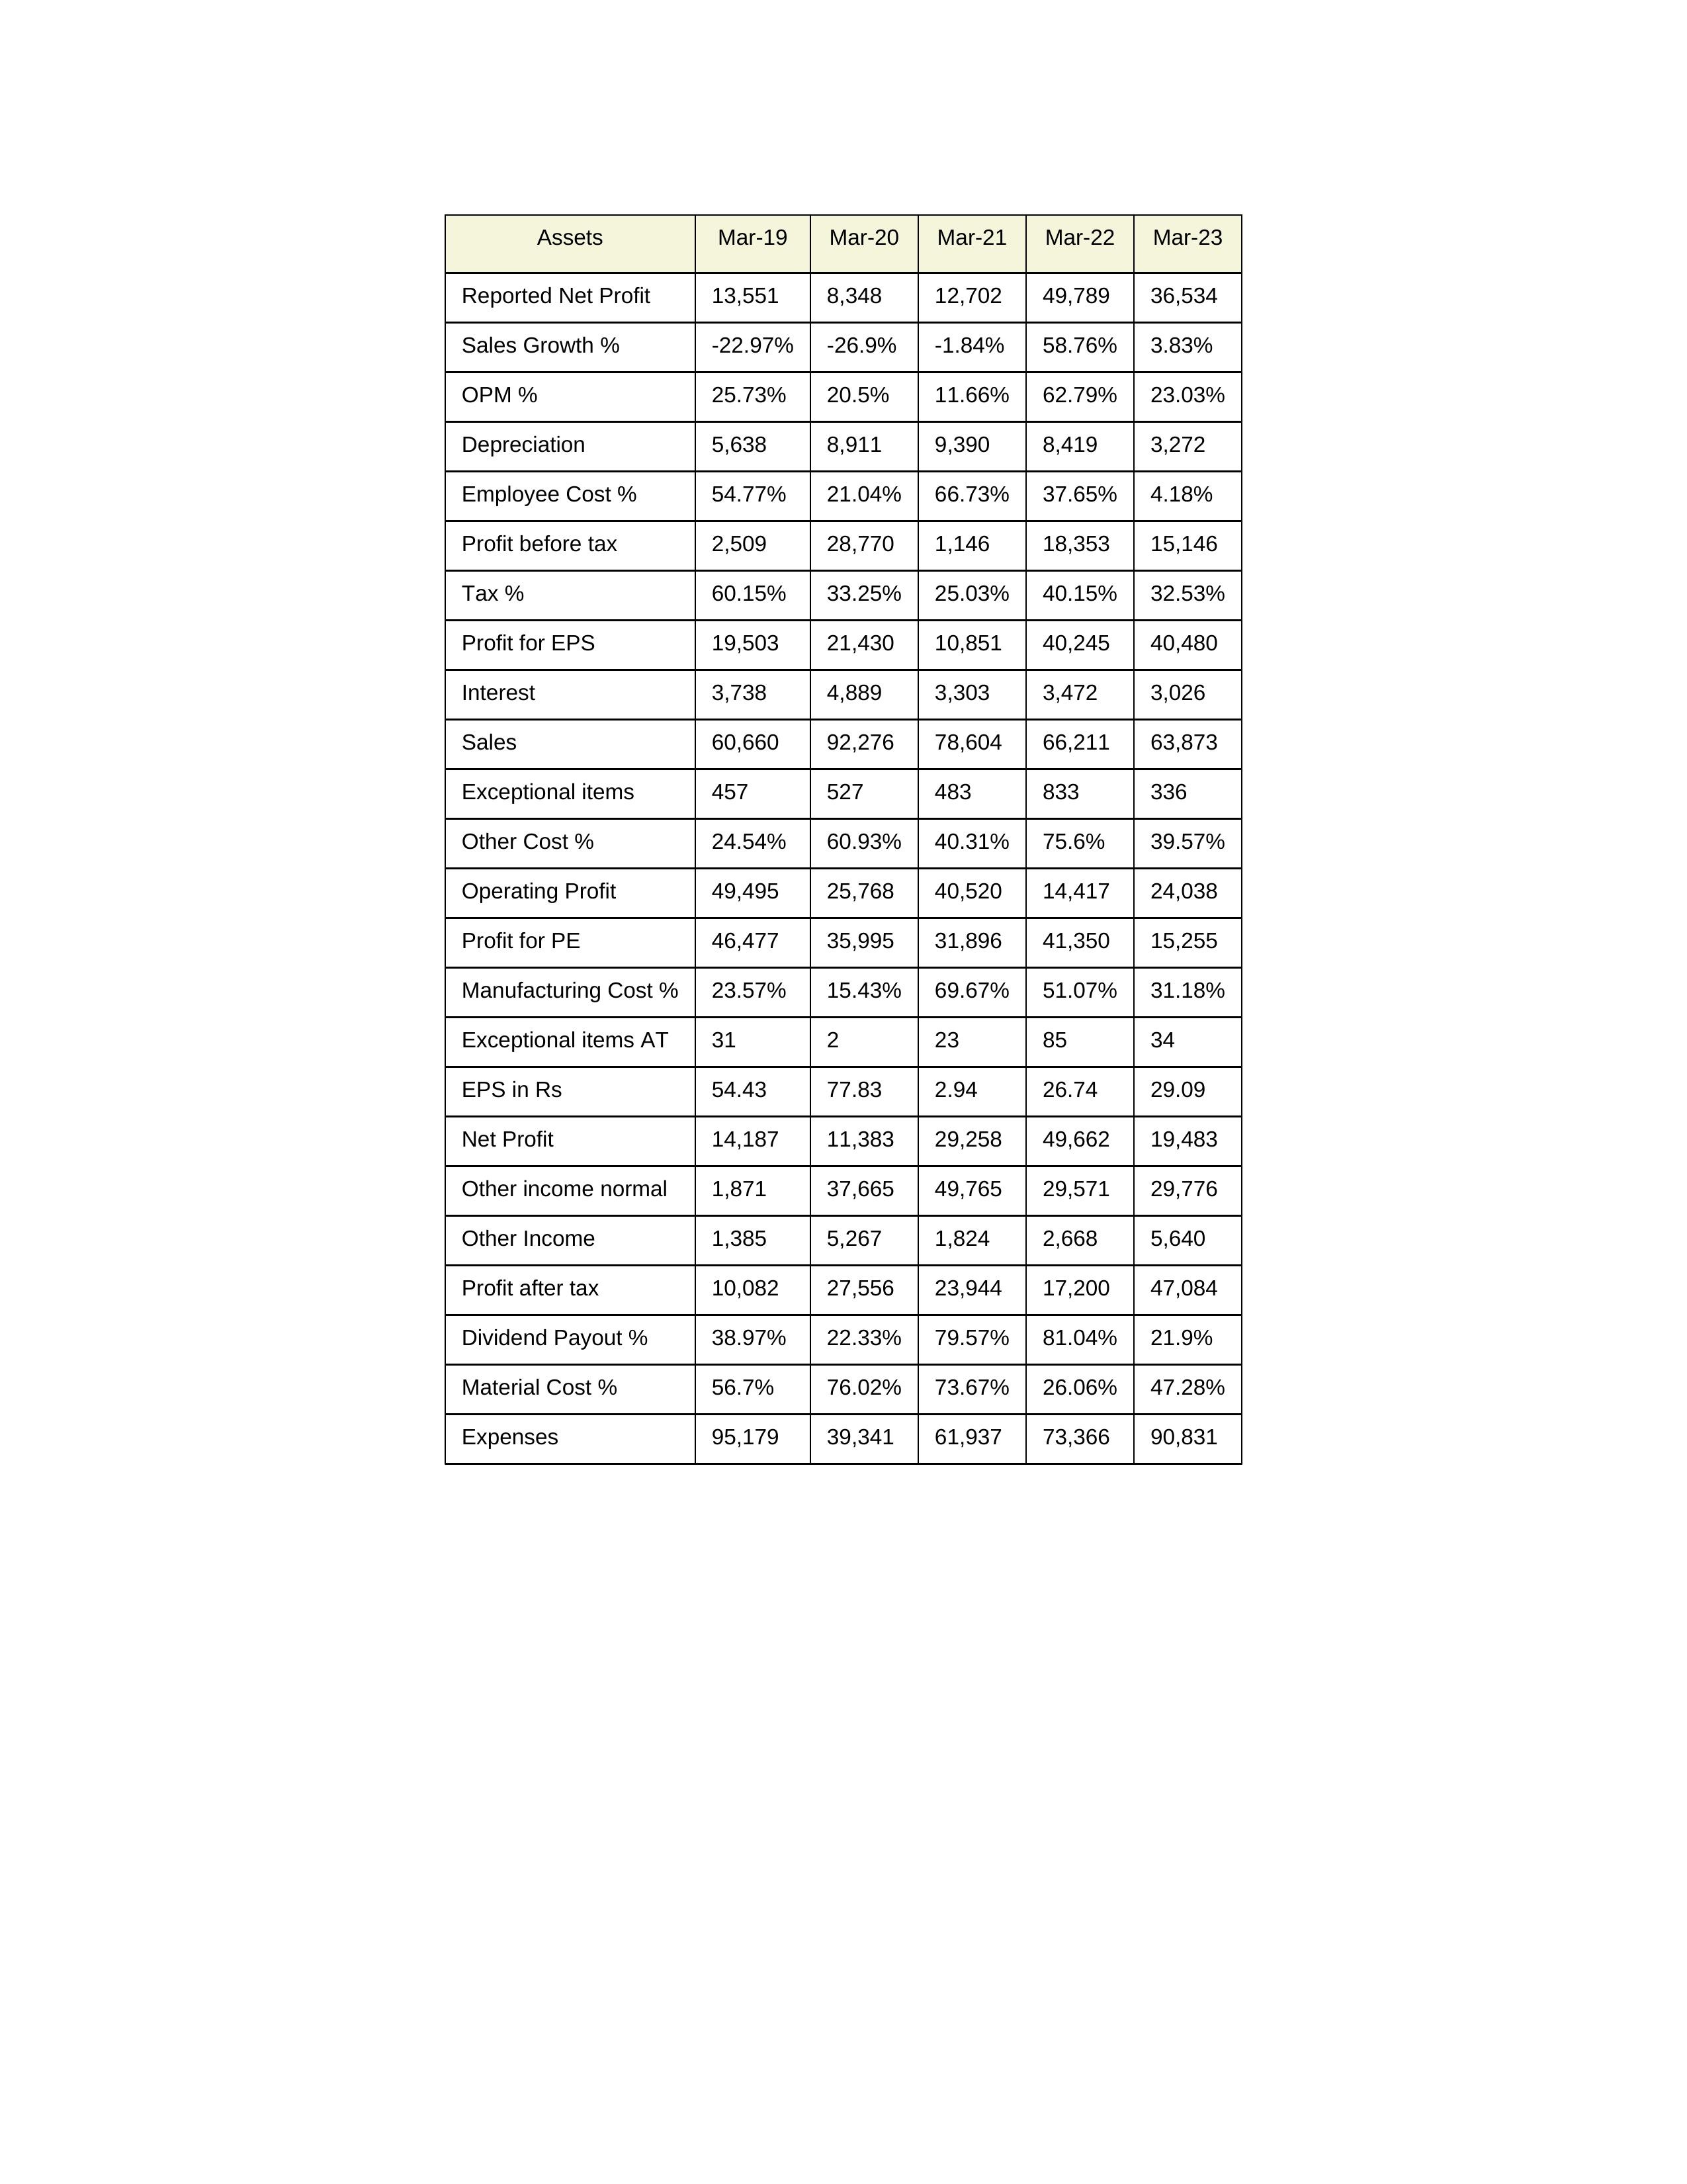
gt_parse: Mar-19: Sales: 60,660
Sales Growth %: -22.97%
Expenses: 95,179
Material Cost %: 56.7%
Manufacturing Cost %: 23.57%
Employee Cost %: 54.77%
Other Cost %: 24.54%
Operating Profit: 49,495
OPM %: 25.73%
Other Income: 1,385
Exceptional items: 457
Other income normal: 1,871
Interest: 3,738
Depreciation: 5,638
Profit before tax: 2,509
Tax %: 60.15%
Net Profit: 14,187
Profit after tax: 10,082
Reported Net Profit: 13,551
Profit for EPS: 19,503
Exceptional items AT: 31
Profit for PE: 46,477
EPS in Rs: 54.43
Dividend Payout %: 38.97%
Mar-20: Sales: 92,276
Sales Growth %: -26.9%
Expenses: 39,341
Material Cost %: 76.02%
Manufacturing Cost %: 15.43%
Employee Cost %: 21.04%
Other Cost %: 60.93%
Operating Profit: 25,768
OPM %: 20.5%
Other Income: 5,267
Exceptional items: 527
Other income normal: 37,665
Interest: 4,889
Depreciation: 8,911
Profit before tax: 28,770
Tax %: 33.25%
Net Profit: 11,383
Profit after tax: 27,556
Reported Net Profit: 8,348
Profit for EPS: 21,430
Exceptional items AT: 2
Profit for PE: 35,995
EPS in Rs: 77.83
Dividend Payout %: 22.33%
Mar-21: Sales: 78,604
Sales Growth %: -1.84%
Expenses: 61,937
Material Cost %: 73.67%
Manufacturing Cost %: 69.67%
Employee Cost %: 66.73%
Other Cost %: 40.31%
Operating Profit: 40,520
OPM %: 11.66%
Other Income: 1,824
Exceptional items: 483
Other income normal: 49,765
Interest: 3,303
Depreciation: 9,390
Profit before tax: 1,146
Tax %: 25.03%
Net Profit: 29,258
Profit after tax: 23,944
Reported Net Profit: 12,702
Profit for EPS: 10,851
Exceptional items AT: 23
Profit for PE: 31,896
EPS in Rs: 2.94
Dividend Payout %: 79.57%
Mar-22: Sales: 66,211
Sales Growth %: 58.76%
Expenses: 73,366
Material Cost %: 26.06%
Manufacturing Cost %: 51.07%
Employee Cost %: 37.65%
Other Cost %: 75.6%
Operating Profit: 14,417
OPM %: 62.79%
Other Income: 2,668
Exceptional items: 833
Other income normal: 29,571
Interest: 3,472
Depreciation: 8,419
Profit before tax: 18,353
Tax %: 40.15%
Net Profit: 49,662
Profit after tax: 17,200
Reported Net Profit: 49,789
Profit for EPS: 40,245
Exceptional items AT: 85
Profit for PE: 41,350
EPS in Rs: 26.74
Dividend Payout %: 81.04%
Mar-23: Sales: 63,873
Sales Growth %: 3.83%
Expenses: 90,831
Material Cost %: 47.28%
Manufacturing Cost %: 31.18%
Employee Cost %: 4.18%
Other Cost %: 39.57%
Operating Profit: 24,038
OPM %: 23.03%
Other Income: 5,640
Exceptional items: 336
Other income normal: 29,776
Interest: 3,026
Depreciation: 3,272
Profit before tax: 15,146
Tax %: 32.53%
Net Profit: 19,483
Profit after tax: 47,084
Reported Net Profit: 36,534
Profit for EPS: 40,480
Exceptional items AT: 34
Profit for PE: 15,255
EPS in Rs: 29.09
Dividend Payout %: 21.9%